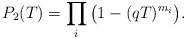
LaTeX: \begin{align*} P_2(T) = \prod_i \big(1-(qT)^{m_i}\big). \end{align*}